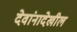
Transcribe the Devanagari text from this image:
देवांनादेखील